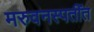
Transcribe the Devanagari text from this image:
मरुवनस्पतींत